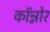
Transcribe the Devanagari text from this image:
कॉन्नोर